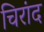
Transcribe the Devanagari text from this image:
चिरांद